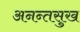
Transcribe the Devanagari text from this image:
अनन्तसुख